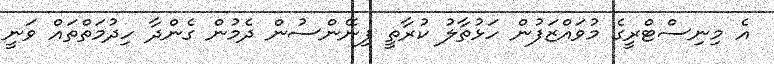
އެ މިނިސްޓްރީގެ މުވައްޒަފުން ހަޅުތާލު ކުރާތީ ފިނޭންސުން ދެމުން ގެންދާ ހިދުމަތްތައް ވަނީ